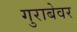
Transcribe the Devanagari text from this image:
गुराबेवर